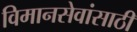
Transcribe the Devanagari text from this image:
विमानसेवांसाठी